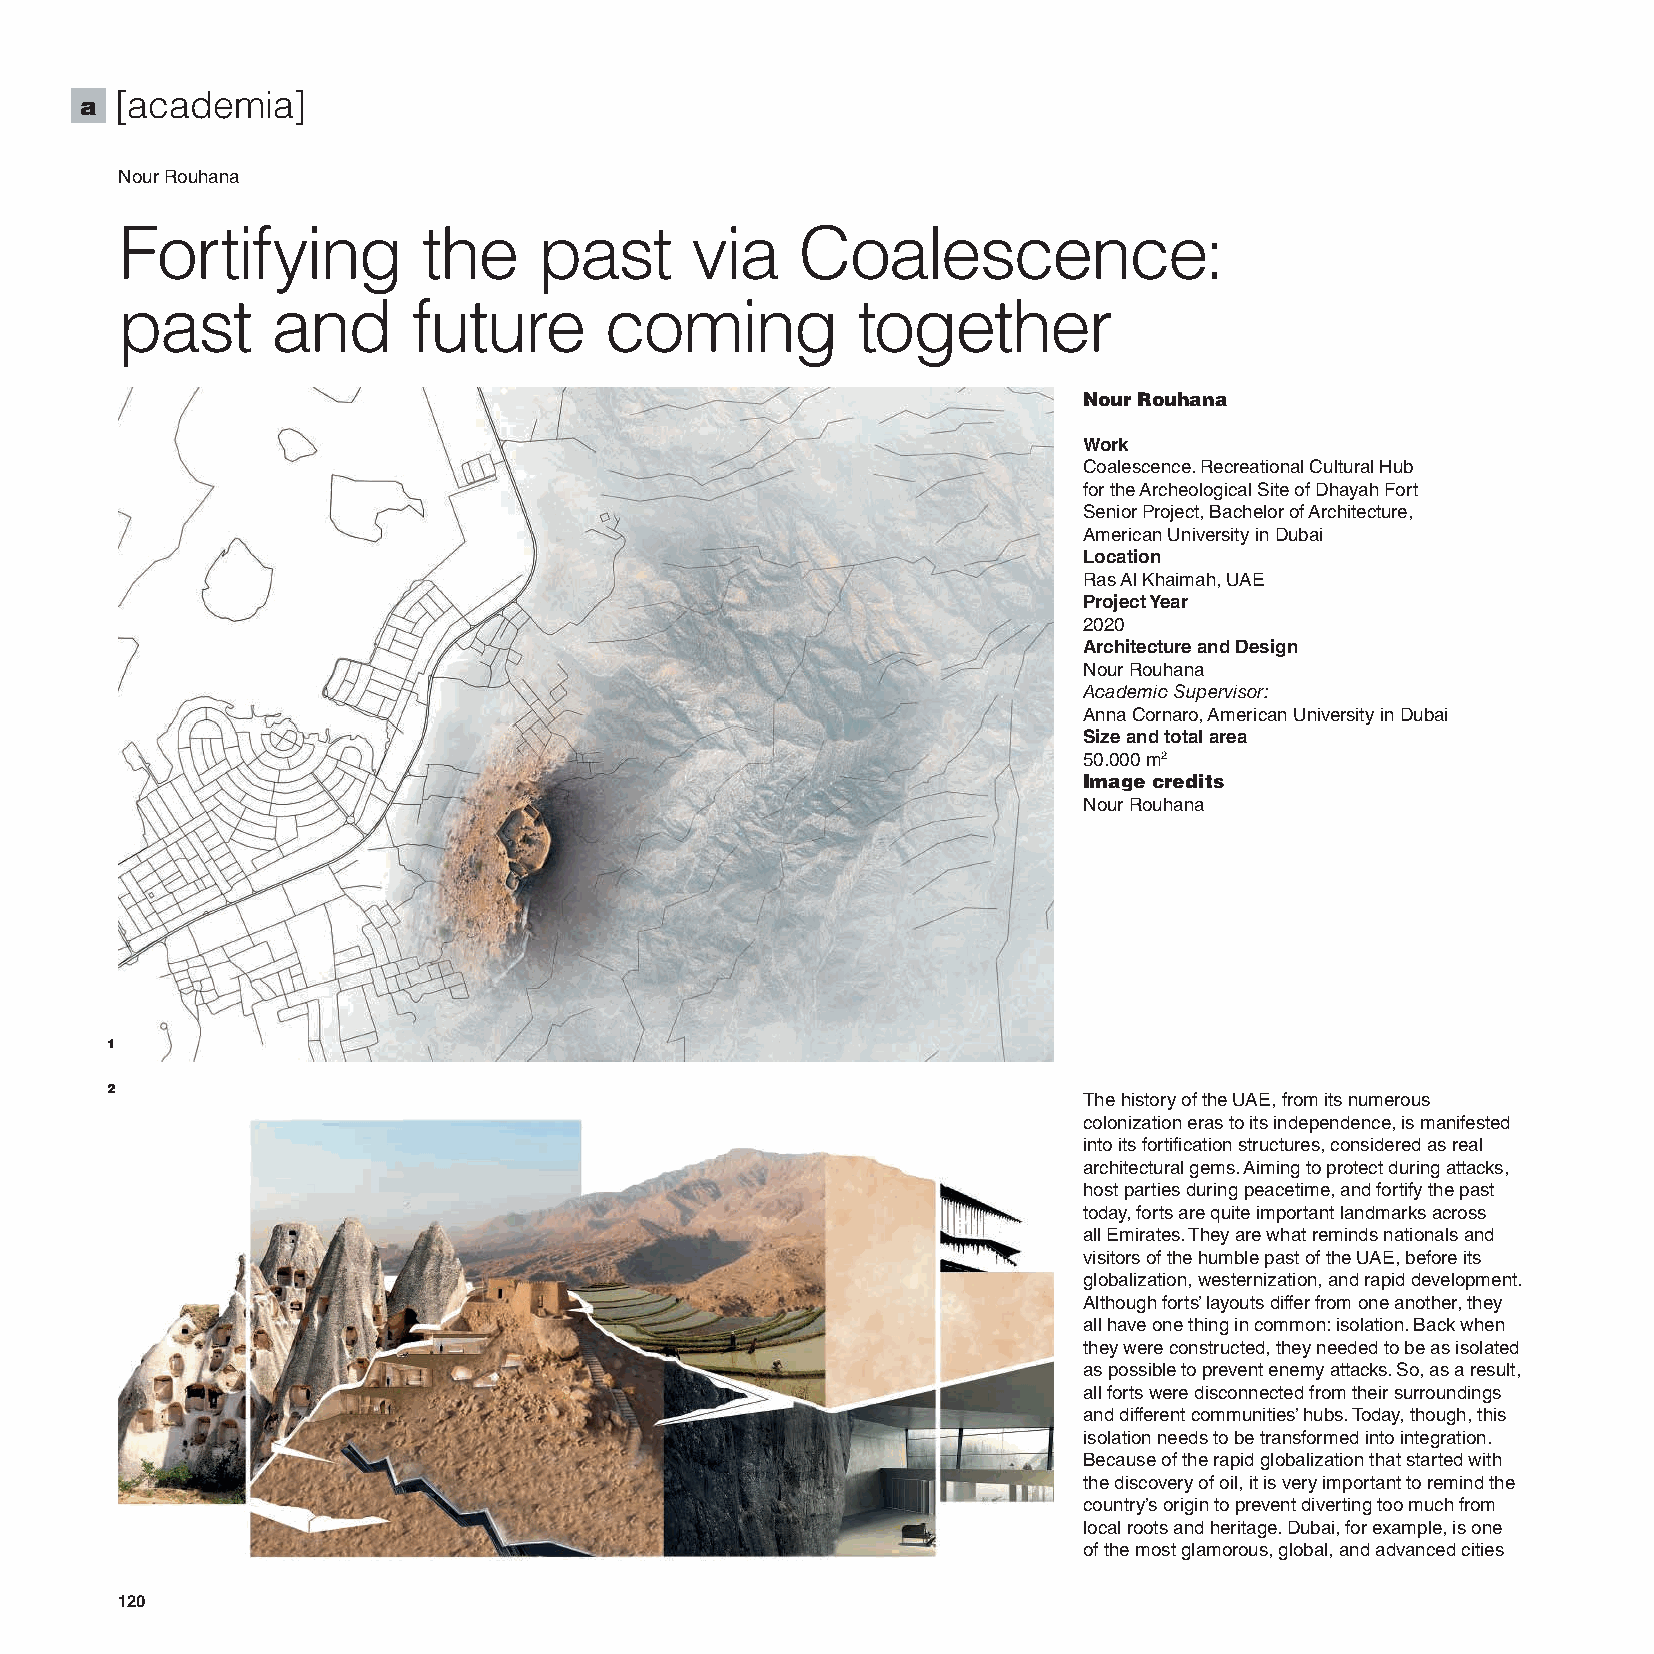
a  [academia]
 Nour Rouhana
 Fortifying          the     past      via    Coalescence:
 past      and      future       coming           together
 Nour Rouhana
 Work
 Coalescence. Recreational Cultural Hub
 for the Archeological Site of Dhayah Fort
 Senior Project, Bachelor of Architecture,
 American University in Dubai
 Location
 Ras Al Khaimah, UAE
 Project Year
 2020
 Architecture and Design
 Nour Rouhana
 Academic Supervisor:
 Anna Cornaro, American University in Dubai
 Size and total area
 50.000 m2
 Image credits
 Nour Rouhana
 1
 2
 The history of the UAE, from its numerous
 colonization eras to its independence, is manifested
 into its fortification structures, considered as real
 architectural gems. Aiming to protect during attacks,
 host parties during peacetime, and fortify the past
 today, forts are quite important landmarks across
 all Emirates. They are what reminds nationals and
 visitors of the humble past of the UAE, before its
 globalization, westernization, and rapid development.
 Although forts’ layouts differ from one another, they
 all have one thing in common: isolation. Back when
 they were constructed, they needed to be as isolated
 as possible to prevent enemy attacks. So, as a result,
 all forts were disconnected from their surroundings
 and different communities’ hubs. Today, though, this
 isolation needs to be transformed into integration.
 Because of the rapid globalization that started with
 the discovery of oil, it is very important to remind the
 country’s origin to prevent diverting too much from
 local roots and heritage. Dubai, for example, is one
 of the most glamorous, global, and advanced cities
 120